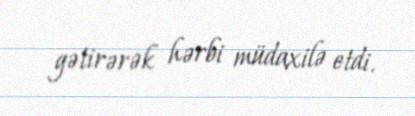
gətirərək hərbi müdaxilə etdi.